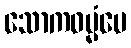
သောကဓမ္မံပေ